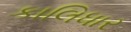
કાલિધાર